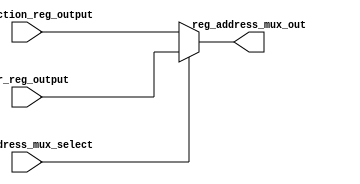
// This is part of the ECE241 final project
// This file contains the mux to select a direct address or an address that was saved in the FSR register as the address to access RAM

module cpu_reg_address_mux(reg_address_mux_select, instruction_reg_output, fsr_reg_output, reg_address_mux_out);

    input reg_address_mux_select;
    input [4:0]instruction_reg_output;
    input [4:0]fsr_reg_output;
    output [4:0]reg_address_mux_out;

    assign reg_address_mux_out = reg_address_mux_select ? fsr_reg_output : instruction_reg_output;

endmodule